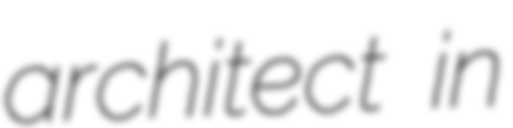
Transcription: architect in